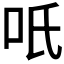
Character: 𭇇